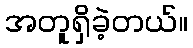
အတူရှိခဲ့တယ်။